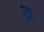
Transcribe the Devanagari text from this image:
प्रें